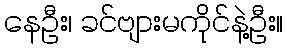
နေဦး၊ ခင်ဗျားမကိုင်နဲ့ဦး။